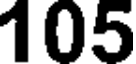
105